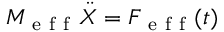
M _ { \mathrm { ~ e ~ f ~ f ~ } } \ddot { X } = F _ { \mathrm { ~ e ~ f ~ f ~ } } ( t )